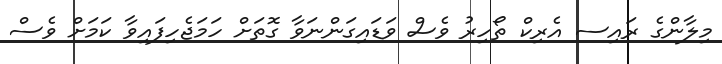
މިލާންގެ ރައިސ އެރިކް ތޯހިރު ވެސް ވަޑައިގަންނަވާ ގޮތަށް ހަމަޖެހިފައިވާ ކަމަށް ވެސް